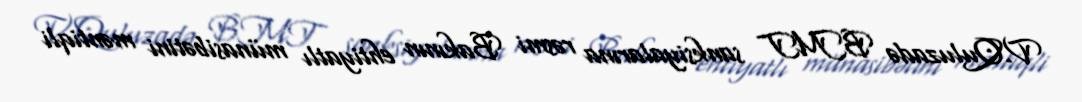
V.Quluzadə BMT sanksiyalarına rəsmi Bakının ehtiyatlı münasibətini məntiqli